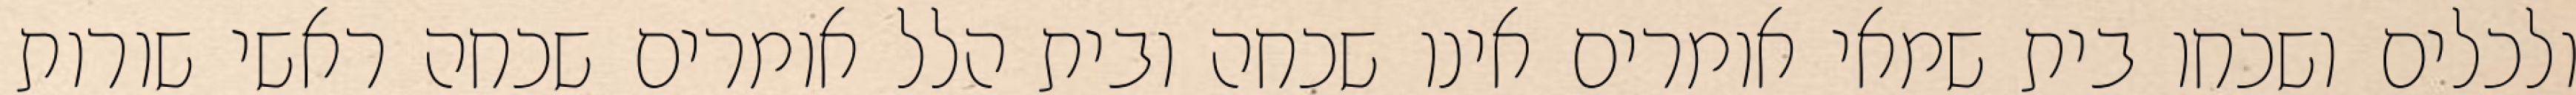
ולכלים ושכחו בית שמאי אומרים אינו שכחה ובית הלל אומרים שכחה ראשי שורות